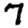
Digit: 7